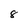
Character: 8